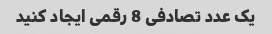
یک عدد تصادفی 8 رقمی ایجاد کنید